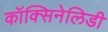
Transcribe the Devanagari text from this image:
कॉक्सिनेलिडी